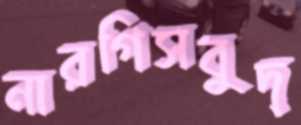
নারগিসবুদ্